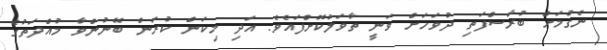
ނެގުމަށް ބުރާސްފަތި ދުވަހަށް ވަނީ ތާވަލުކޮށްފައެވެ. އަދި މިކަން ކުރަން ބޭނުންވާ މުއްދަތުގެ